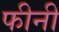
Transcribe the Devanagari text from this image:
फीनी